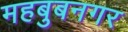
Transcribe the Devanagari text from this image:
महबुबनगर